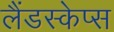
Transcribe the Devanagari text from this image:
लैंडस्केप्स